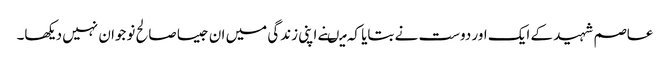
عاصم شہید کے ایک اور دوست نے بتایا کہ میںنے اپنی زندگی میں ان جیسا صالح نوجوان نہیں دیکھا۔